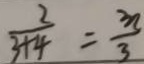
\frac { 2 } { 3 + 4 } = \frac { 3 n } { 3 }